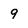
Character: 9